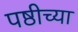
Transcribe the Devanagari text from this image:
पष्ठीच्या